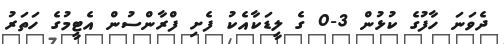
ދެވަނަ ހާފުގެ ކުޅުން 3-0 ގެ ލީޑަކާއެކު ފެށި ފްރާންސުން އެޓީމުގެ ހަތަރު